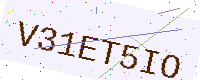
Text: V31ET5IO